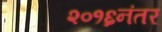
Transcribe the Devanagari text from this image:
२०१६नंतर